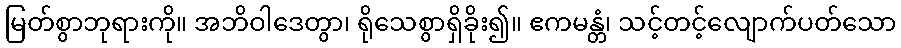
မြတ်စွာဘုရားကို။ အဘိဝါဒေတွာ၊ ရိုသေစွာရှိခိုး၍။ ဧကမန္တံ၊ သင့်တင့်လျောက်ပတ်သော